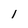
Character: l